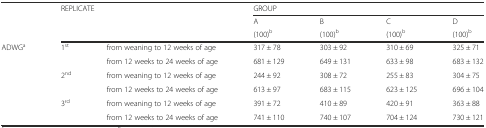
<table><thead><tr><td></td><td rowspan="3" colspan="2"><b>REPLICATE</b></td><td colspan="4"><b>GROUP</b></td></tr><tr><td rowspan="2"></td><td><b>A</b></td><td><b>B</b></td><td><b>C</b></td><td><b>D</b></td></tr><tr><td><b>(100)<sup>b</sup></b></td><td><b>(100)<sup>b</sup></b></td><td><b>(100)<sup>b</sup></b></td><td><b>(100)<sup>b</sup></b></td></tr></thead><tbody><tr><td rowspan="6">ADWG<sup>a</sup></td><td rowspan="2">1<sup>st</sup></td><td>from weaning to 12 weeks of age</td><td>317 ± 78</td><td>303 ± 92</td><td>310 ± 69</td><td>325 ± 71</td></tr><tr><td>from 12 weeks to 24 weeks of age</td><td>681 ± 129</td><td>649 ± 131</td><td>633 ± 98</td><td>683 ± 132</td></tr><tr><td rowspan="2">2<sup>nd</sup></td><td>from weaning to 12 weeks of age</td><td>244 ± 92</td><td>308 ± 72</td><td>255 ± 83</td><td>304 ± 75</td></tr><tr><td>from 12 weeks to 24 weeks of age</td><td>613 ± 97</td><td>683 ± 115</td><td>623 ± 125</td><td>696 ± 104</td></tr><tr><td rowspan="2">3<sup>rd</sup></td><td>from weaning to 12 weeks of age</td><td>391 ± 72</td><td>410 ± 89</td><td>420 ± 91</td><td>363 ± 88</td></tr><tr><td>from 12 weeks to 24 weeks of age</td><td>741 ± 110</td><td>740 ± 107</td><td>704 ± 124</td><td>730 ± 121</td></tr></tbody></table>